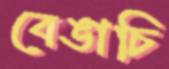
বেঙাচি